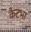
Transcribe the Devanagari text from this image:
कैटभा